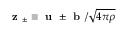
\textbf { z } _ { \pm } \equiv \textbf { u } \pm \textbf { b } / \sqrt { 4 \pi \rho }